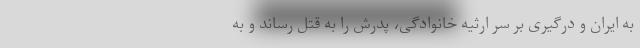
به ایران و درگیری بر سر ارثیه خانوادگی، پدرش را به قتل رساند و به